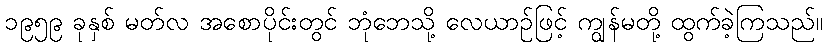
၁၉၅၉ ခုနှစ် မတ်လ အစောပိုင်းတွင် ဘုံဘေသို့ လေယာဉ်ဖြင့် ကျွန်မတို့ ထွက်ခဲ့ကြသည်။